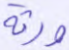
ورثة